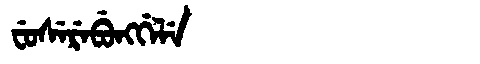
Manchu: ᠸᡠᠰᡝᡵᡝᠪᡠᠩᡤᡝᠯᡝ
Romanization: FUSEREBUNGGELE